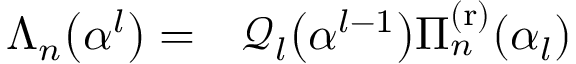
\begin{array} { r l } { \Lambda _ { n } \big ( \boldsymbol { \alpha } ^ { l } \big ) = } & { { } \mathcal { Q } _ { l } \big ( \boldsymbol { \alpha } ^ { l - 1 } \big ) \Pi _ { n } ^ { \mathrm { ( r ) } } ( \alpha _ { l } ) } \end{array}